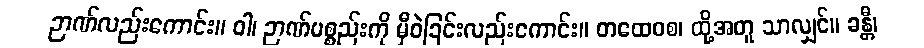
ဉာဏ်လည်းကောင်း။ ဝါ၊ ဉာဏ်ပစ္စည်းကို မှီဝဲခြင်းလည်းကောင်း။ တထေဝစ၊ ထို့အတူ သာလျှင်။ ခန္တီ၊